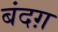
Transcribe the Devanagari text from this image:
बंदग़